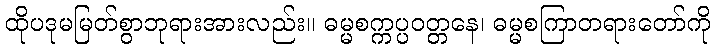
ထိုပဒုမမြတ်စွာဘုရားအားလည်း။ ဓမ္မစက္ကပ္ပဝတ္တနေ၊ ဓမ္မစကြာတရားတော်ကို